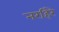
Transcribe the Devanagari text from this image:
नरहिरे